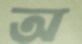
অ